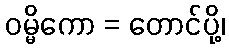
ဝမ္မိကော = တောင်ပို့၊